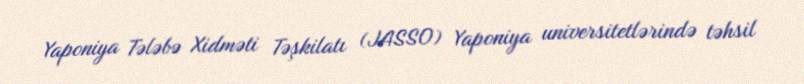
Yaponiya Tələbə Xidməti Təşkilatı (JASSO) Yaponiya universitetlərində təhsil